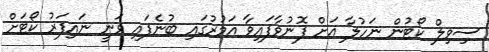
ސިވިލް ކޯޓުން ނަހުލާ އަށް ފޮނުވާފައިވާ އަމުރުގައި ބުނެފައި ވަނީ ނައިފަރު ކޯޓަށް